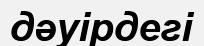
дәуірдегі